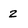
Character: z